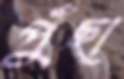
পুঁছা